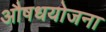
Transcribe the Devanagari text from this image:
औषधयोजना